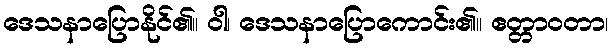
ဒေသနာပြောနိုင်၏။ ဝါ၊ ဒေသနာပြောကောင်း၏။ ဧတ္တာဝတာ၊